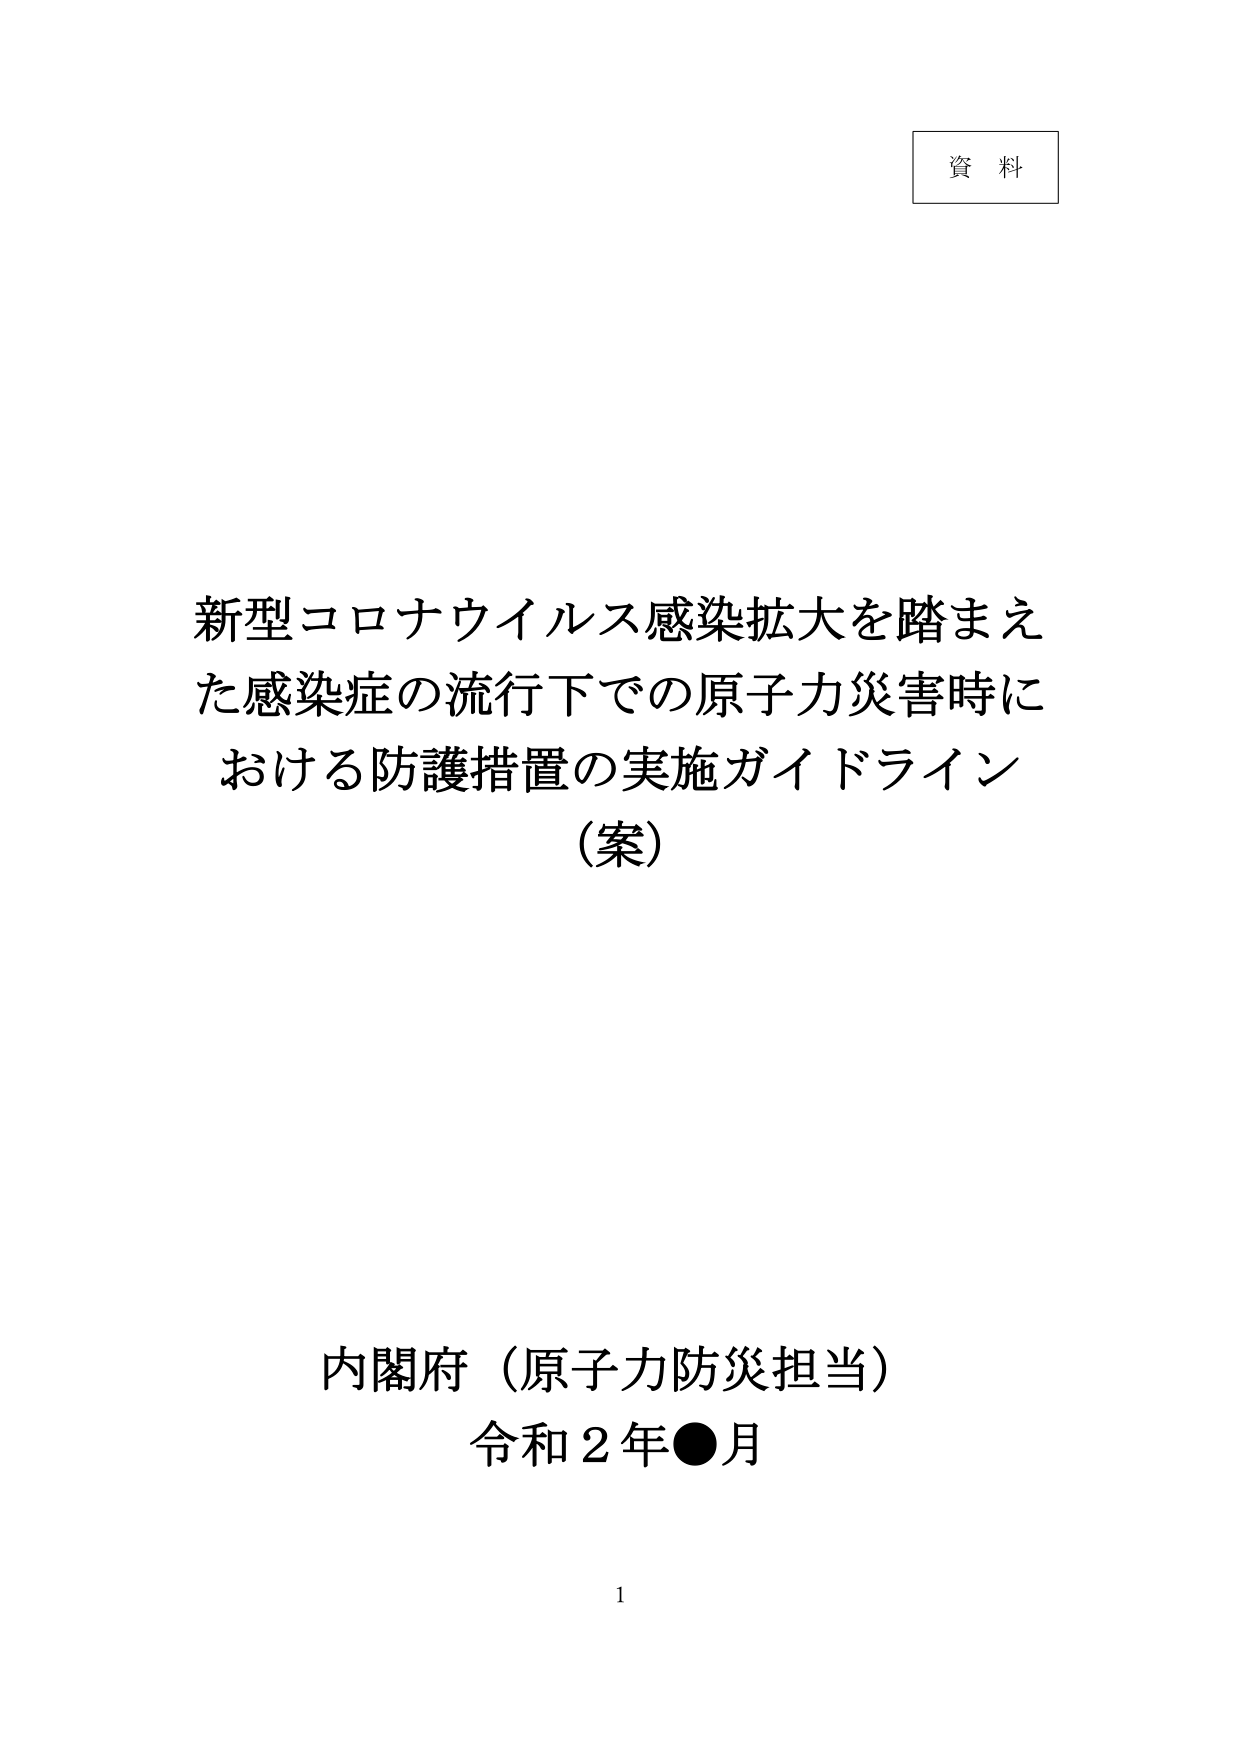
資料

新型コロナウイルス感染拡大を踏まえた感染症の流行下での原子力災害時における防護措置の実施ガイドライン
（案）

内閣府（原子力防災担当）
令和２年●月

1